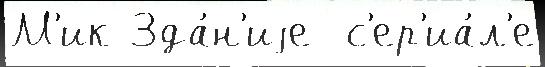
М'ик Зда́н'иjе  с'ер'иа́л'е